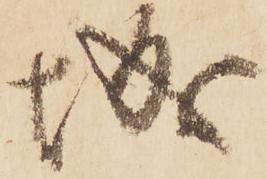
城